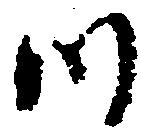
つ